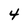
Character: 4